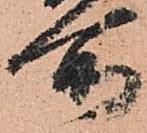
所